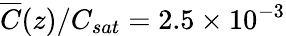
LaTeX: \overline{{C}}(z)/C_{sat}=2.5\times 10^{-3}